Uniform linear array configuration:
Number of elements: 24
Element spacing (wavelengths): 0.25
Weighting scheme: exponential
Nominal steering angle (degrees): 15
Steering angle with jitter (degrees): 14.603
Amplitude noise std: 0.05
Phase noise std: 0.05

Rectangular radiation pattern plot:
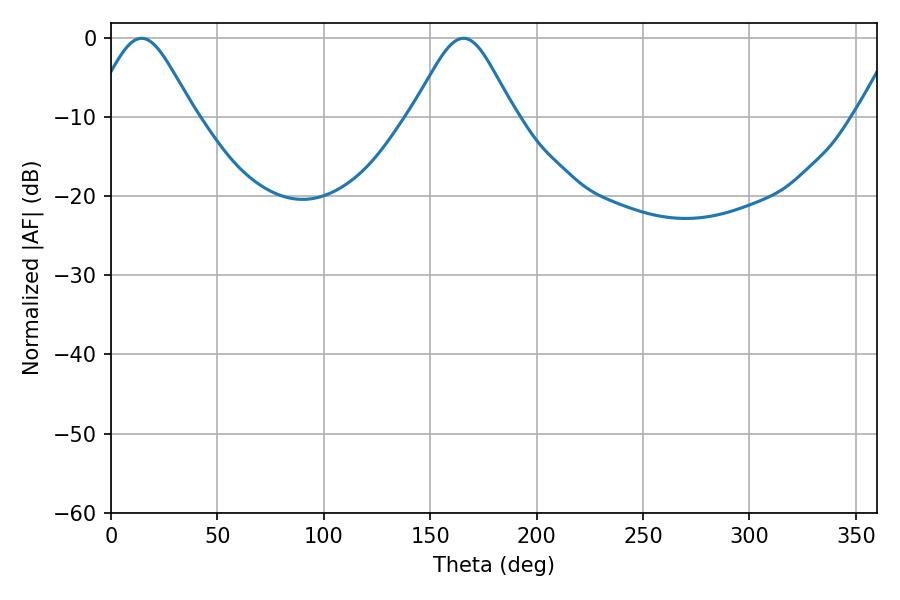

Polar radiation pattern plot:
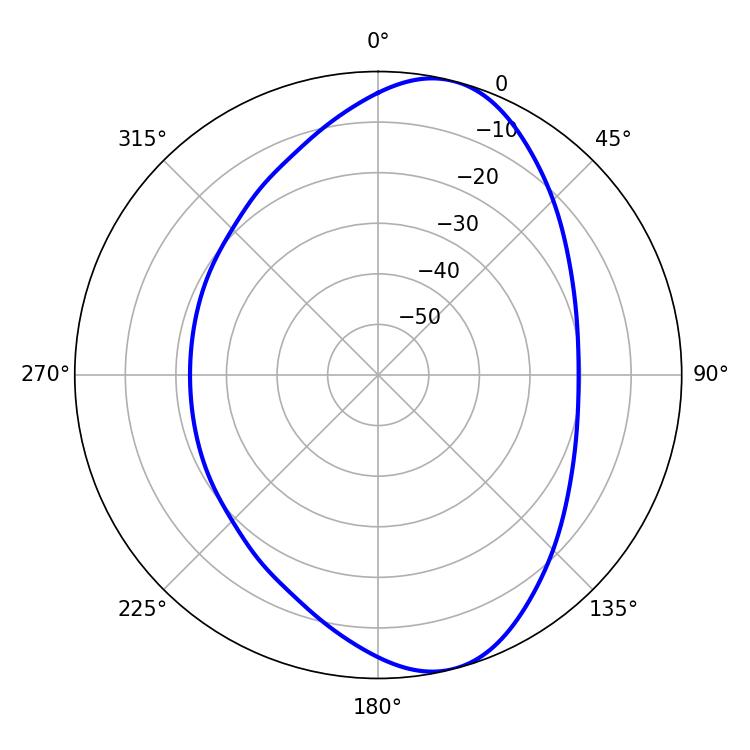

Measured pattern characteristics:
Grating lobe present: FALSE
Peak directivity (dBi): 9.16
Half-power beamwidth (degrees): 23.76
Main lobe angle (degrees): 14.4